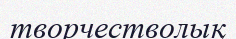
творчестволық